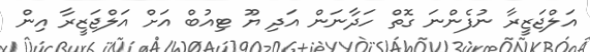
އަލްޖަޒީރާ ނުފެންނަ ގޮތް ހަދާނަން އަދި ޔޫ ޓިއުބް އަށް އަލްޖަޒީރާ އިން